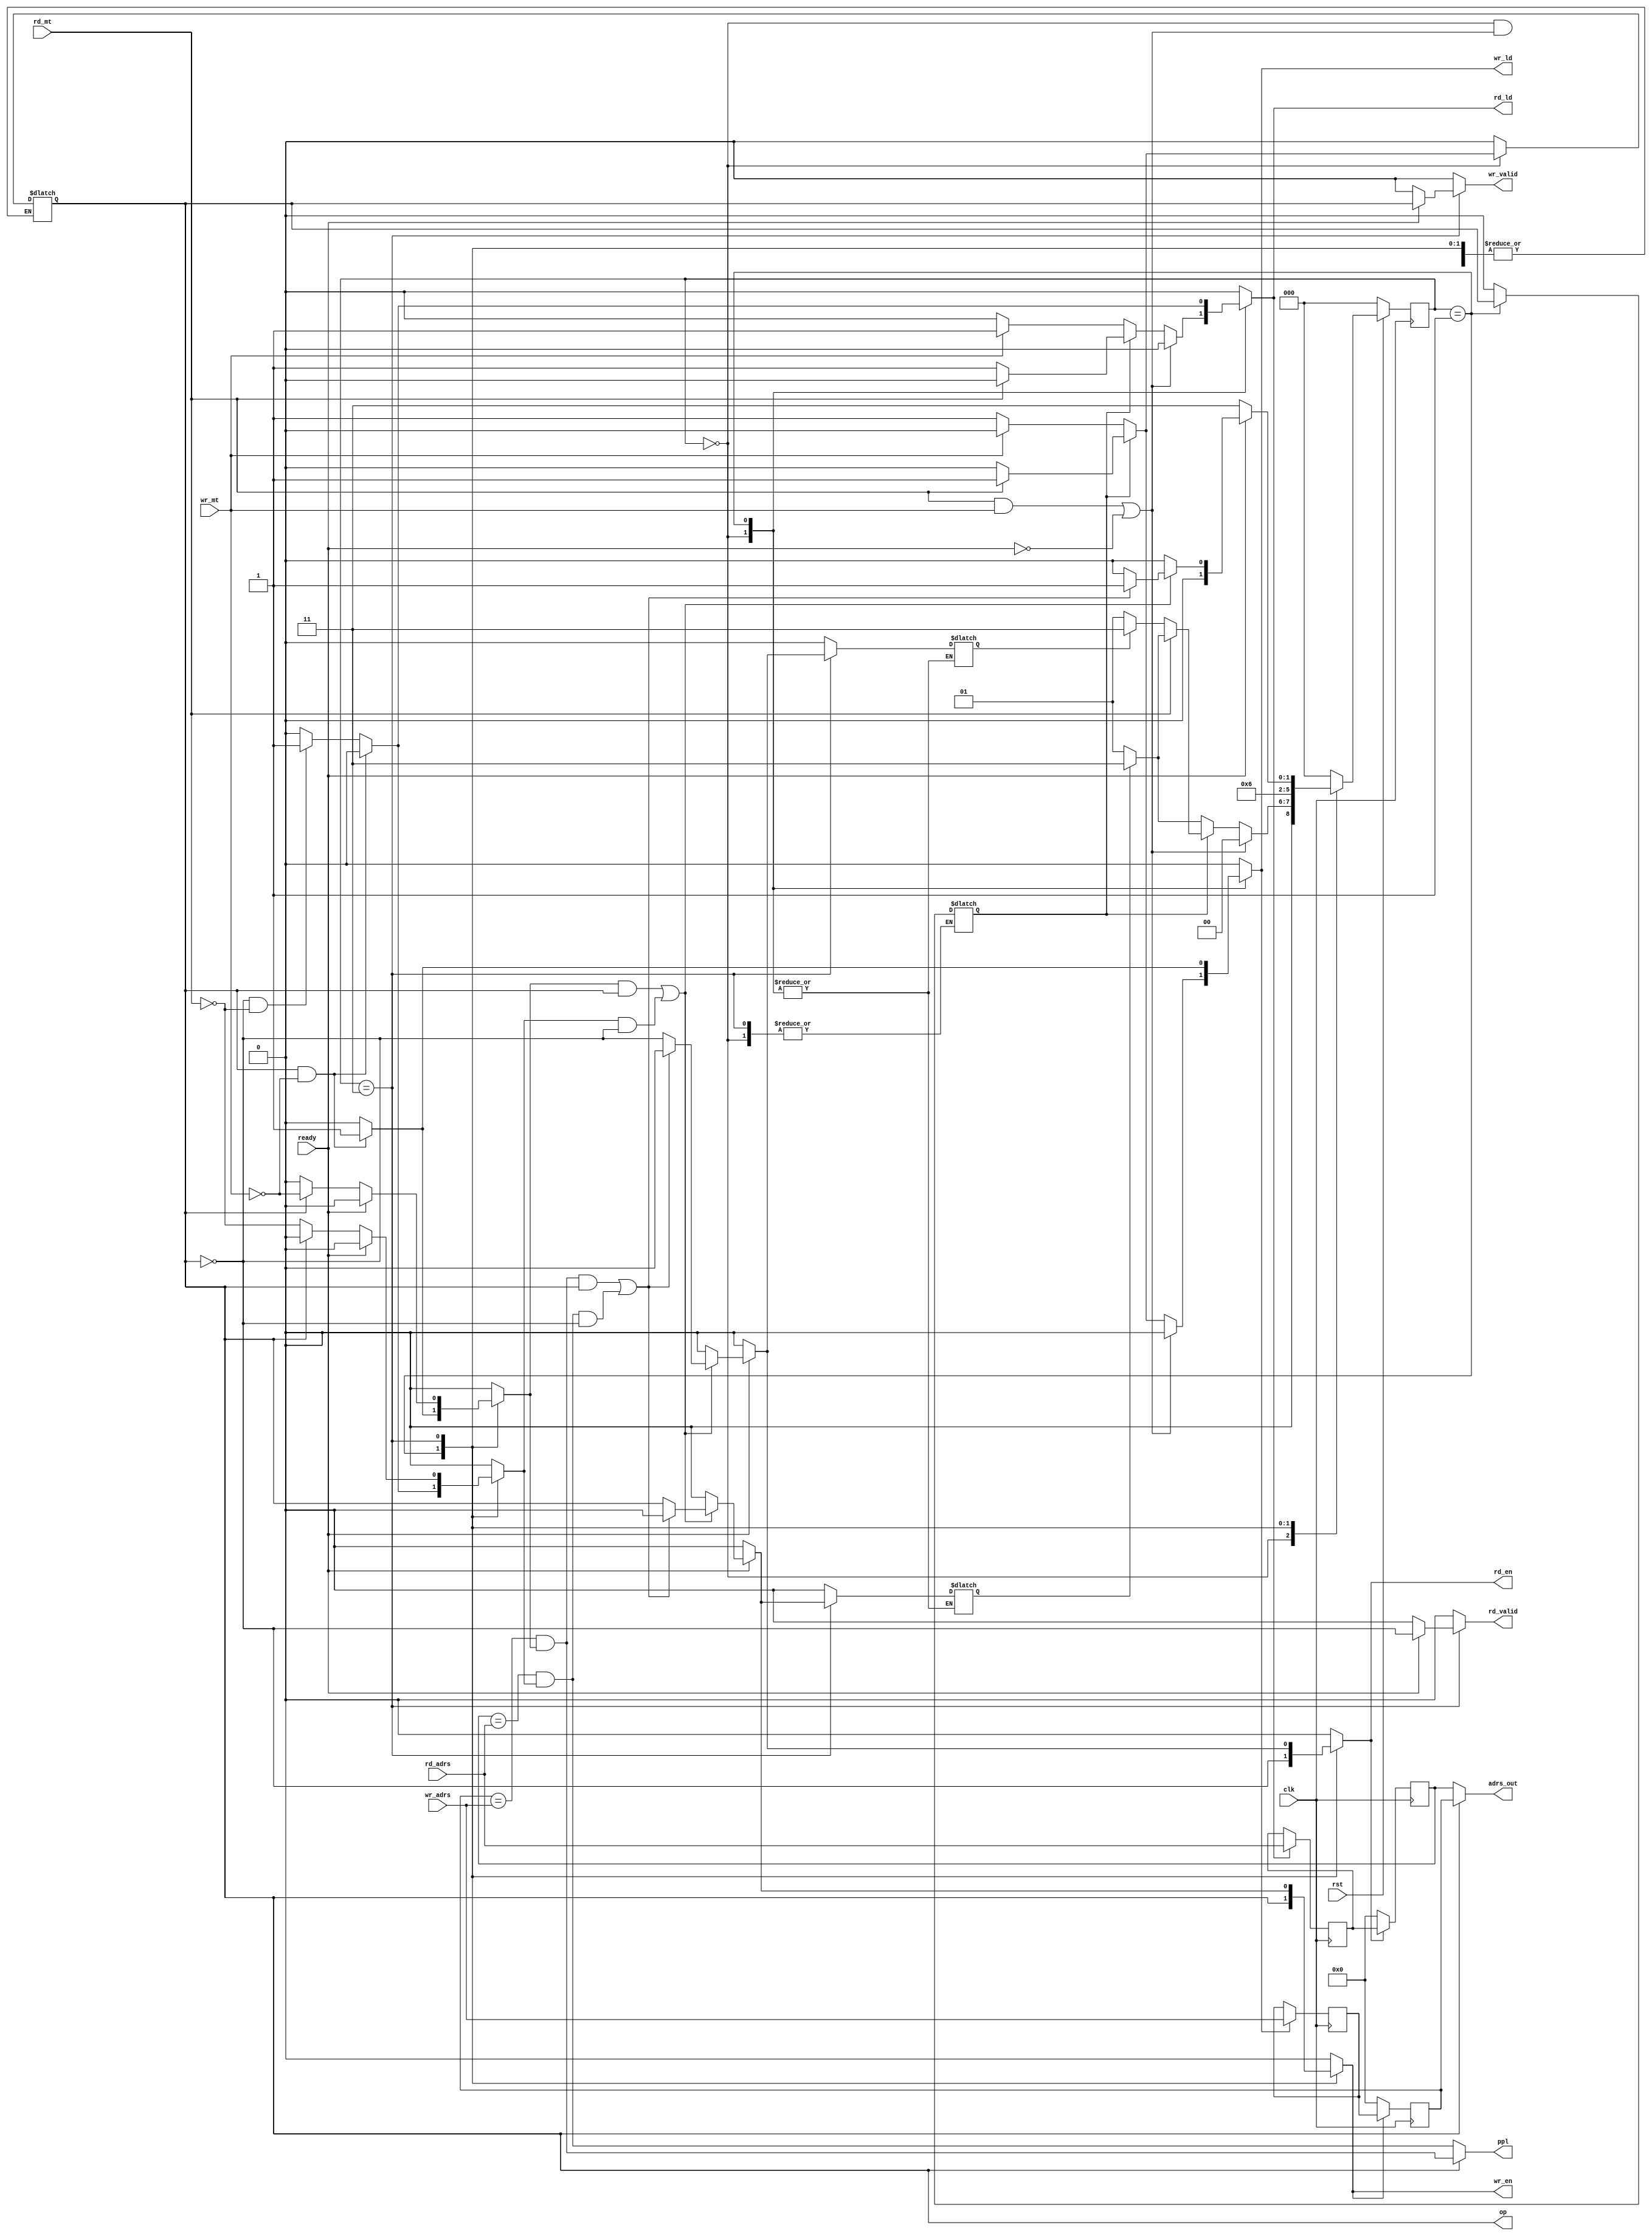
module ppl(
    input wire clk,
    input wire rst,

    //input wire [31:0] in_adrs,
    input wire [31:0] rd_adrs,
    input wire [31:0] wr_adrs,

    input wire rd_mt,
    input wire wr_mt,

    input wire ready,

    output reg rd_ld,
    output reg wr_ld,

    output reg op,
    output wire ppl,

    output reg wr_valid,
    output reg rd_valid,
    //output reg n_op,

    output reg rd_en,
    output reg wr_en,
    output wire [31:0] adrs_out
);

wire [31:0] rd_out_adrs, wr_out_adrs;
reg  [31:0] rd_out_adrs_r, wr_out_adrs_r;
reg  [31:0] rd_adrs_r, wr_adrs_r;

localparam [1:0] idle          = 2'b00,
                 a1_p1         = 2'b01,
                 a1_p2_a2_p1   = 2'b11;

reg [2:0] c_state,n_state;

wire wr_ppl, rd_ppl;

//reg op;
reg wr_a1_valid, rd_a1_valid;
reg rd_prev, wr_prev;
reg prev_op;

always @(posedge clk)
begin
    if(!rst)   begin
        c_state<=idle;
        //prev_op<=1'b0;
    end else       c_state<=n_state;
end


assign wr_out_adrs=wr_valid?wr_out_adrs_r:32'hzzzz_zzzz;
assign rd_out_adrs=rd_valid?rd_out_adrs_r:32'hzzzz_zzzz;
assign adrs_out=op?wr_out_adrs:rd_out_adrs;

assign wr_ppl=(wr_out_adrs==wr_adrs)&wr_a1_valid;
assign rd_ppl=(rd_out_adrs==rd_adrs)&rd_a1_valid;
assign ppl=op?wr_ppl:rd_ppl;

always @(*)
begin
   case(c_state)

    idle:
    begin
        wr_a1_valid<=1'b0;  rd_a1_valid<=1'b0;
        rd_en<=1'b0;        wr_en<=1'b0;
        prev_op<=prev_op;

        rd_valid<=1'b0;     wr_valid<=1'b0;
        wr_prev<=wr_prev; rd_prev<=rd_prev;

        if((rd_mt && wr_mt) || !ready)begin
            op<=op;
            wr_ld<=1'b0;    rd_ld<=1'b0;
            n_state<=idle;
        end else begin
            //n_state<=a1_p1;
            if(prev_op)begin
                if(!rd_mt) begin
                    op<=1'b0;
                    rd_ld<=1'b1;   wr_ld<=1'b0;
                    if(rd_prev)    n_state<=a1_p2_a2_p1;
                    else           n_state<=a1_p1;
                end else begin
                    op<=1'b1;
                    wr_ld<=1'b1;   rd_ld<=1'b0;
                    if(wr_prev)    n_state<=a1_p2_a2_p1;
                    else           n_state<=a1_p1;
                end
            end else begin
                if(!wr_mt) begin
                    op<=1'b1;
                    rd_ld<=1'b0;   wr_ld<=1'b1;
                    if(wr_prev)    n_state<=a1_p2_a2_p1;
                    else           n_state<=a1_p1;
                end else begin
                    op<=1'b0;
                    wr_ld<=1'b0;   rd_ld<=1'b1;
                    if(wr_prev)    n_state<=a1_p2_a2_p1;
                    else           n_state<=a1_p1;
                end
            end
        end
    end

    a1_p1:
    begin
      prev_op=op;
        op<=op;
        rd_en<=1'b0;      wr_en<=1'b0;
        prev_op<=op;

        rd_valid<=1'b0;   wr_valid<=1'b0;
        rd_prev<=rd_prev; wr_prev<=wr_prev;
        n_state<=a1_p2_a2_p1;
        rd_en<=!op;       wr_en<=op;

        if(op && !wr_mt) begin
             wr_ld<=1'b1;        rd_ld<=1'b0;
             wr_a1_valid<=1'b1;  rd_a1_valid<=1'b0;
        end else if(!op && !rd_mt) begin
             rd_ld<=1'b1;        wr_ld<=1'b0;
             rd_a1_valid<=1'b1;  wr_a1_valid<=1'b0;
        end else begin
             wr_ld<=1'b0;        rd_ld<=1'b0;
             rd_a1_valid<=1'b0;  wr_a1_valid<=1'b0;
        end
    end


    a1_p2_a2_p1:
    begin
//        prev_op<=op;
//        op<=1'b0;
        rd_ld<=1'b0;  wr_ld<=1'b0;
        rd_valid<=!op;  wr_valid<=op;

        if(!ready) begin
            if(op) begin
                wr_a1_valid<=!wr_mt;
                rd_a1_valid<=1'b0;
            end else begin
                rd_a1_valid<=!rd_mt;
                wr_a1_valid<=1'b0;
            end
            n_state<=a1_p2_a2_p1;
            rd_valid<=1'b0; wr_valid<=1'b0;
            rd_en<=1'b0;    wr_en<=1'b0;
            wr_prev<=1'b0;  rd_prev<=1'b0;              //rd_prev & wr_prev
            //rd_valid<=!op;  wr_valid<=op;
        end else if((wr_a1_valid&&op)||(rd_a1_valid&&!op)) begin
            //rd_valid<=!op;     wr_valid<=op;
            wr_a1_valid<=1'b0; rd_a1_valid<=1'b0;
            if((wr_ppl&&op)||(rd_ppl&&!op))begin
                wr_en<=1'b0;          rd_en<=1'b0;
                rd_prev<=1'b0;        wr_prev<=1'b0;    //rd_prev & wr_prev
                n_state<=a1_p1;
            end else begin
                n_state<=idle;
                wr_en<=op;            rd_en<=!op;
                rd_prev<=!op;         wr_prev<=op;          //rd_prev & wr_prev
            end
        end else begin
                n_state<=idle;
                rd_en<=1'b0;	      wr_en<=1'b0;
                wr_a1_valid<=1'b0;    rd_a1_valid<=1'b0;
            //    rd_valid<=1'b0;       wr_valid<=1'b0;
                rd_prev<=1'b0;        wr_prev<=1'b0;        //rd_prev & wr_prev
        end
    end

default:
begin
            rd_valid<=1'b0;     wr_valid<=1'b0;
            rd_en<=1'b0;        wr_en<=1'b0;
            wr_prev<=1'b0;      rd_prev<=1'b0;              //rd_prev & wr_prev
            wr_a1_valid<=1'b0;  rd_a1_valid<=1'b0;
            op<=1'b0;	          prev_op<=1'b0;
            wr_ld<=1'b0;        rd_ld<=1'b0;
            wr_en<=1'b0;        rd_en<=1'b0;
            n_state<=idle;
end

   endcase
end

always @(posedge clk) begin
    if(rd_ld) rd_adrs_r<=rd_adrs;
    else      rd_adrs_r<=rd_adrs_r;
    if(wr_ld) wr_adrs_r<=wr_adrs;
    else      wr_adrs_r<=wr_adrs_r;

    if(rd_en) rd_out_adrs_r<=rd_adrs_r;
    else      rd_out_adrs_r<=32'h0000_0000;
    if(wr_en) wr_out_adrs_r<=wr_adrs_r;
    else      wr_out_adrs_r<=32'h0000_0000;
end

endmodule